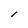
Character: l